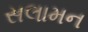
સલામન